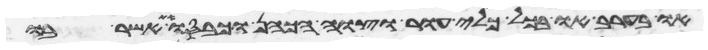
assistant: או בערב או בכל כלי עור וצוה הכהן וכבסו את אשר בו